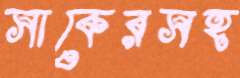
সাকেরসহ